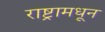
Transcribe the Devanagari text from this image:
राष्ट्रामधून